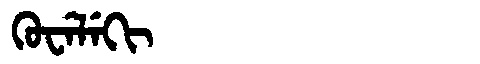
Manchu: ᡴᡠᠸᡝᠯᡝᡴᡳ
Romanization: KUWELEKI